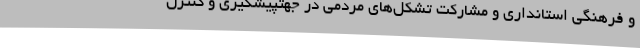
و فرهنگی استانداری و مشارکت تشکل‌های مردمی در جهتپیشگیری و کنترل